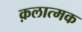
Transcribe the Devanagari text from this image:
क़लात्मक